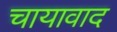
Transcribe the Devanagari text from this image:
चायावाद